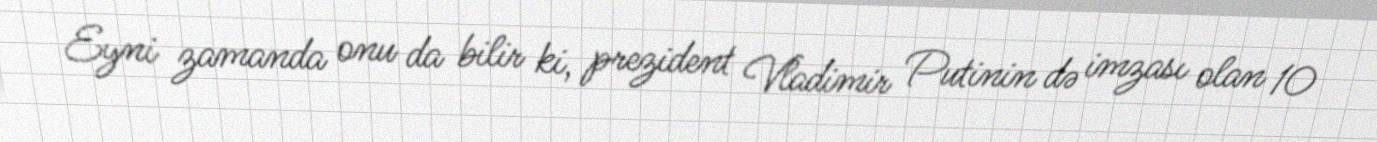
Eyni zamanda onu da bilir ki, prezident Vladimir Putinin də imzası olan 10